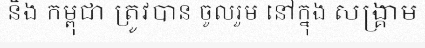
និង កម្ពុជា ត្រូវបាន ចូលរួម នៅក្នុង សង្គ្រាម